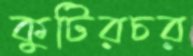
কুটিরচর